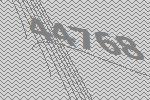
44768